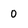
Character: 0